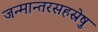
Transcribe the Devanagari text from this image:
जन्मान्तरसहस्रेषु